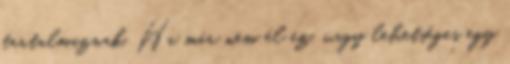
tartalmaznak. Ha már nem él ez, vagy lehetséges egy